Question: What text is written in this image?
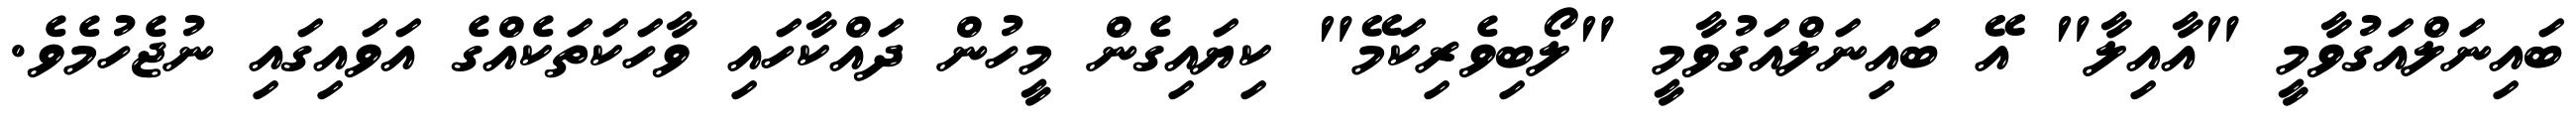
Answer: ބައިނަލްއަގުވާމީ "އާއިލާ" އޭ ބައިނަލްއަގުވާމީ "ލޯބިވެރިކަމޭ" ކިޔައިގެން މީހުން ދައްކާހައި ވާހަކަތަކެއްގެ އަވައިގައި ނުޖެހުމެވެ.